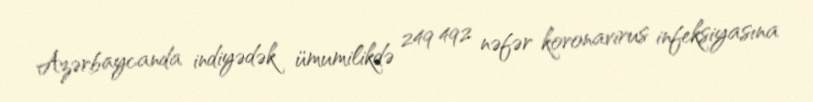
Azərbaycanda indiyədək ümumilikdə 249 492 nəfər koronavirus infeksiyasına